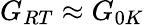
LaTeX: G_{RT}\approx G_{0K}